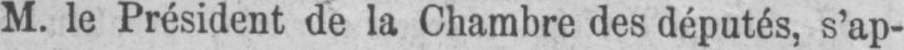
M. le Président de la Chambre des députés, s’ap-